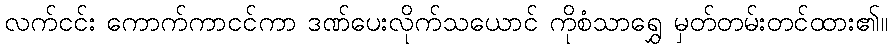
လက်ငင်း ကောက်ကာငင်ကာ ဒဏ်ပေးလိုက်သယောင် ကိုစံသာရွှေ မှတ်တမ်းတင်ထား၏။